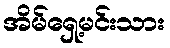
အိမ်ရှေ့မင်းသား